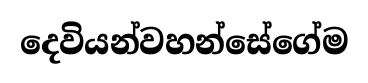
දෙවියන්වහන්සේගේම